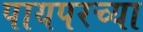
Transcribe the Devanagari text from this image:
पायपरच्या